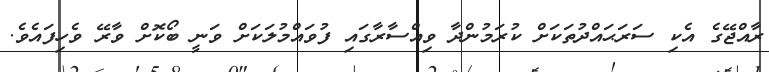
ރާއްޖޭގެ އެކި ސަރަޙައްދުތަކަށް ކުރަމުންދާ ވިއްސާރާގައި ފުވައްމުލަކަށް ވަނީ ބޯކޮށް ވާރޭ ވެހިފައެވެ.